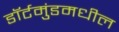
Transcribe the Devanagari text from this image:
डॉर्टमुंडमधील